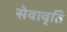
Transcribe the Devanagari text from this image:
सेवावृति